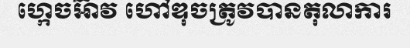
ហ្កេចអ៊ាវ ហៅឌុចត្រូវបានតុលាការ